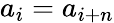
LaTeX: a_{i}=a_{i+n}